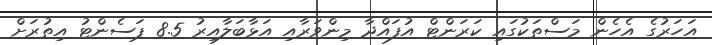
އަހަރުގެ އެހެން މަސްތަކުގައި ކަރަންޓް އުފައްދާ މިންވަރާއި އަޅާބަލާއިރު 8.5 ޕަސެންޓު އިތުރަށް